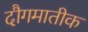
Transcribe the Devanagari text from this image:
दौगमातीक